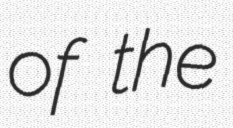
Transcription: of the